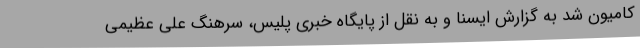
کامیون شد به گزارش ایسنا و به نقل از پایگاه خبری پلیس، سرهنگ علی عظیمی